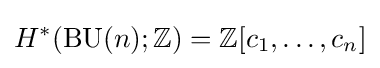
H^{*}(\operatorname {BU} (n);\mathbb {Z} )=\mathbb {Z} [c_{1},\ldots ,c_{n}]